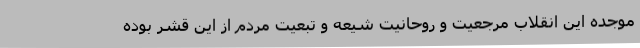
موجده این انقلاب مرجعیت و روحانیت شیعه و تبعیت مردم از این قشر بوده